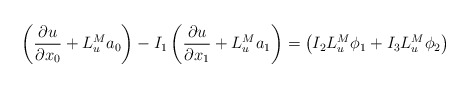
\begin{align*}\left(\frac{\partial u}{\partial x_{0}} + L^{M}_{u}a_{0}\right) - I_{1} \left(\frac{\partial u}{\partial x_{1}} + L^{M}_{u}a_{1} \right) = \left( I_{2}L^{M}_{u}\phi_{1} + I_{3}L^{M}_{u}\phi_{2} \right)\end{align*}